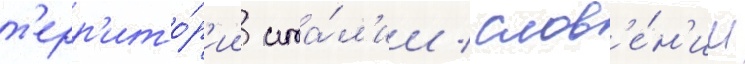
т'ерр'ито́р'ии ита́л'ии / слов'е́н'ии